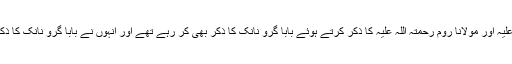
اپنے مرشد حضرت شاہ عبداللطیف بھٹائی رحمتہ اللّہ علیہ اور مولانا روم رحمتہ اللّہ علیہ کا ذکر کرتے ہوئے بابا گُرو نانک کا ذکر بھی کر رہے تھے اور انہوں نے بابا گرو نانک کا ذکر حضرت بابا گُرو نانک رحمتہ اللّہ علیہ کہہ کر کیا۔